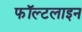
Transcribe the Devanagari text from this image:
फॉल्टलाइन